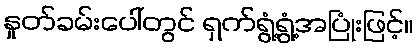
နှုတ်ခမ်းပေါ်တွင် ရှက်ရွံ့ရွံ့အပြုံးဖြင့်။